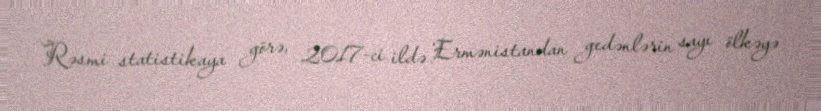
Rəsmi statistikaya görə, 2017-ci ildə Ermənistandan gedənlərin sayı ölkəyə